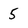
Character: 5